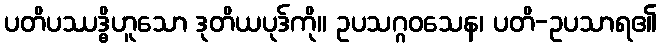
ပတိပဿဒ္ဓိဟူသော ဒုတိယပုဒ်ကို။ ဥပသဂ္ဂဝသေန၊ ပတိ-ဥပသာရ၏